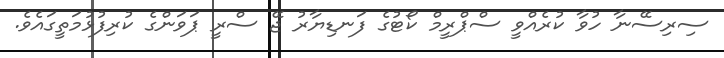
ސިރިސޭނާ ހުވާ ކުރެއްވީ ސްޕްރީމް ކޯޓުގެ ފަނޑިޔާރު ޖޭ ސްރީ ޕަވަންގެ ކުރިފުޅުމަތީގައެވެ.